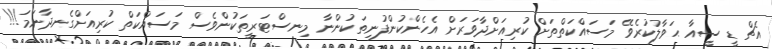
އެޗް ޑީ ސީއާ ޙަވާލުކުރެވޭ މަސައްކަތްތަށް ކުރިއަށްދާވަރަށް އެހެންކުންފުނިތަކުންނާ މިނސްޓަރީތަކުންވެސް މަސައްކަތް ކުރިއަށްގެނދާނަމަ!!!